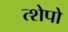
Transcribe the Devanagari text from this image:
त्शेपो